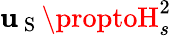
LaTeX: \mathbf{u}_{\mathrm{{~S~}}}\proptoH_{s}^{2}